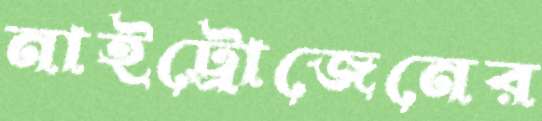
নাইট্রোজেনের